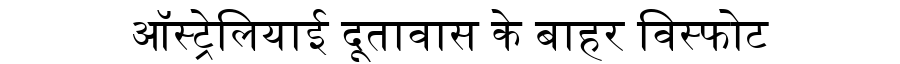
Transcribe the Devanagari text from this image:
ऑस्ट्रेलियाई दूतावास के बाहर विस्फोट